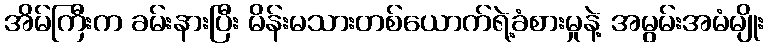
အိမ်ကြီးက ခမ်းနားပြီး မိန်းမသားတစ်ယောက်ရဲ့ခံစားမှုနဲ့ အမွမ်းအမံမျိုး